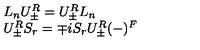
\begin{array} { l } { L _ { n } U _ { \pm } ^ { R } = U _ { \pm } ^ { R } L _ { n } } \\ { U _ { \pm } ^ { R } S _ { r } = \mp i S _ { r } U _ { \pm } ^ { R } ( - ) ^ { F } } \\ \end{array}